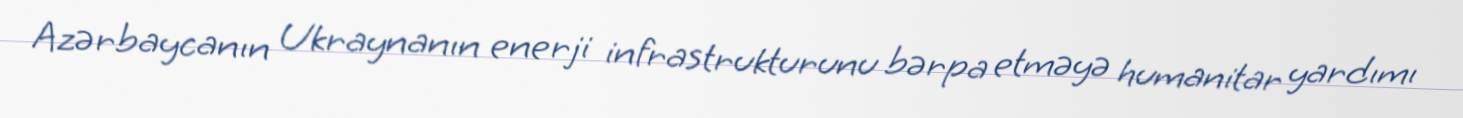
Azərbaycanın Ukraynanın enerji infrastrukturunu bərpa etməyə humanitar yardımı